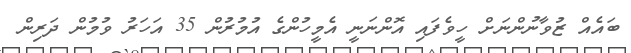
ބައެއް ޒުވާނުންނަށް ހީވެފައި އޮންނަނީ އެމީހުންގެ އުމުރުން 35 އަހަރު ވުމުން ދަރިން